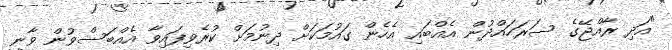
"އަދި ރާއްޖޭގެ ސަރަހައްދުން އެއްބައި އެހެން ގައުމަކަށް ދިނުމަށް ކުރެވިފައިވާ އެއްބަސްވުން ވާނީ